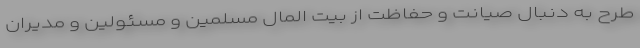
طرح به دنبال صیانت و حفاظت از بیت المال مسلمین و مسئولین و مدیران